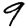
Digit: 9